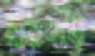
নীরবকে